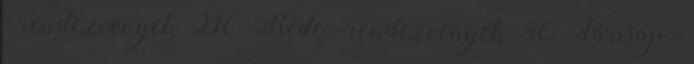
- rendezvények 216 Réde - rendezvények 80 Sárisáp -